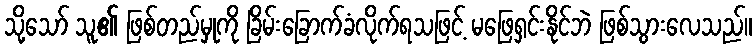
သို့သော် သူ၏ ဖြစ်တည်မှုကို ခြိမ်းခြောက်ခံလိုက်ရသဖြင့် မဖြေရှင်းနိုင်ဘဲ ဖြစ်သွားလေသည်။